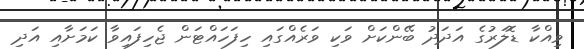
ވިއްކާ ޑޮލަރުގެ އަދަދު ބޭންކަށް ވަކި ވަރެއްގައި ހިފަހައްޓަން ޖެހިފައިވާ ކަމަށާއި އަދި